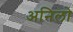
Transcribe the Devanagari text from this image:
अनिलो